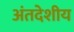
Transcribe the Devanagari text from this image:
अंतदेशीय